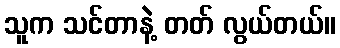
သူက သင်တာနဲ့ တတ် လွယ်တယ်။